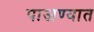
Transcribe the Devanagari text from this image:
पाजण्यात